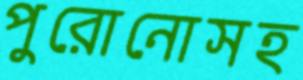
পুরোনোসহ